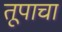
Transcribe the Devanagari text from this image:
तूपाचा